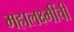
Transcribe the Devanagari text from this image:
महालक्ष्मींची